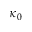
\kappa _ { 0 }